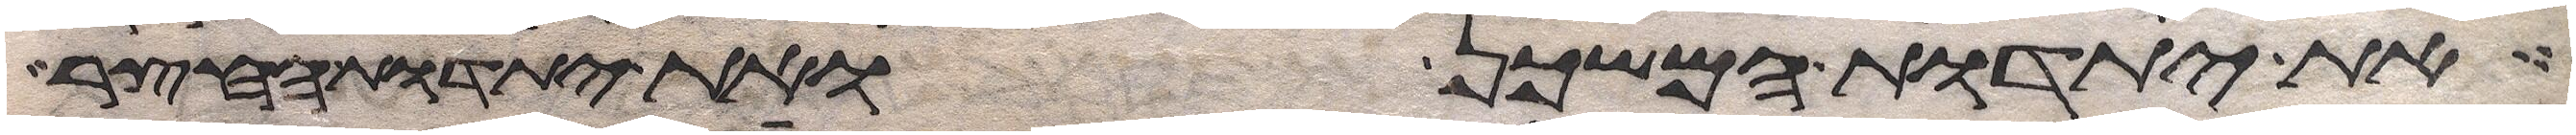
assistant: את יתדות המשכן ואת יתדות החצר